Medical and sanitary report of the native army of Bengal for the year
Year: 1875
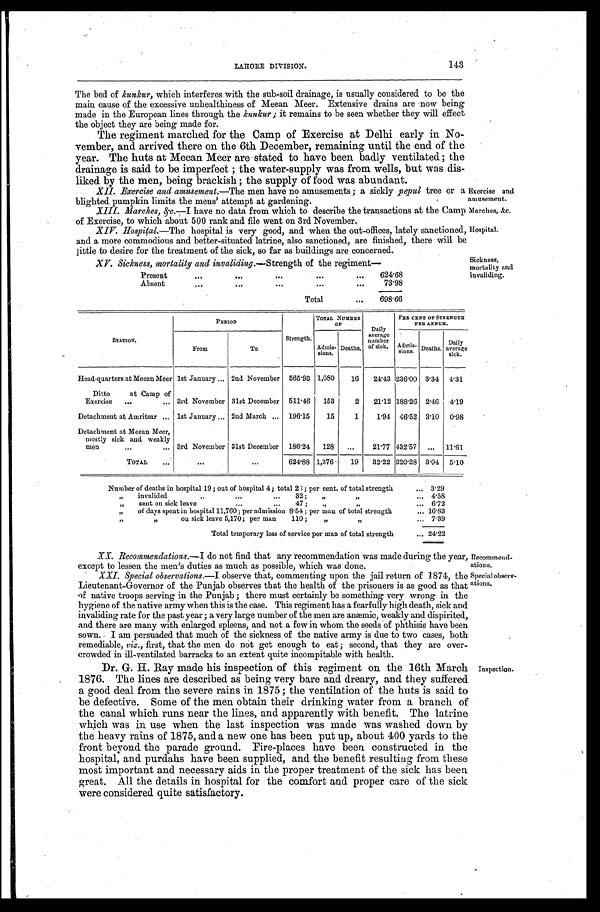
LAHORE DIVISION.
143
Marches, &c.
Hospital.
Recommend-
ations.
Special observ
-
ations.
The bed of kunkur, which interferes with the sub-soil drainage, is usually considered to be the
main cause of the excessive unhealthiness of Meean Meer. Extensive drains are now being
made in the European lines through the kunkur; it remains to be seen whether they will effect
t h e o b j e c t t h e y a r e b e i n g m a d e f o r .
The regiment marched for the Camp of Exercise at Delhi early in No
-
vember, and arrived there on the 6th December, remaining until the end of the
year. The huts at Meean Meer are stated to have been badly ventilated; the
drainage is said to be imperfect; the water-supply was from wells, but was dis
-
liked by the men, being brackish; the supply of food was abundant.
XII Exercise and amusement.— The men have no amusements; a sickly pepul tree or a
blighted pumpkin limits the mens' attempt at gardening.
Exercise and
amusement.
XIII. Marches, &c.—I have no data from which to describe the transactions at the Camp
of Exercise, to which about 500 rank and file went on 3rd November.
XIV. Hospital.—The hospital is very good, and when the out-offices, lately sanctioned,
and a more commodious and better-situated latrine, also sanctioned, are finished, there will be
little to desire for the treatment of the sick, so far as buildings are concerned.
Sickness,
mortality and
invaliding.
XV. Sickness, mortality and invaliding.— Strength of the regiment
Present . . .
624.68
Absent . . .
73.98
Total . . .
698.66
STATION.
PERIOD
Strength.
TOTAL NUMBER
O F
Daily
average
number
of sick.
PER CENT OF STRENGTH
PER ANNUM.
From
To
Admis-
sions.
Deaths,
A d m i s - s i o n .
Deaths.
Daily
average
sick.
Head-quarters at Meean Meer
1st January . . . 2nd November
565.93 1,080
16
24.43 236.00
3.34
4.31
Ditto at Camp of
Exercise . . .
3rd November 31st December
511.46
153
2
21.12 188.26
2.46
4.19
Detachment at Amritsar . . .
1st January . . . 2nd March . . .
196.15
15
1
1.94
46.52
3.10
0.98
Detachment at Meean Meer,
mostly sick and weakly
men . . .
3rd November 31st December
186.24
128
. . .
21.77 432.57
. . .
11.61
TOTAL . . .
. . .
. . .
624.88 1,376
19
32.22 220.28
3.04
5.10
Number of deaths in hospital 19; out of hospital 4; total 2 3; per cent. of total strength . . .
3.29
" invalided . . . 32
; " " . . .
4.58
" sent on sick leave. . .47;
" " . . .
6.72
" of days spent in hospital 11,760; per admission 8.54 ; per man of total strength . . .
16.83
" " on sick leave 5,170; per man 110; " " . . .
7.39
Total temporary loss of service per man of total strength . . . 24.22
XX. Recommendations.— I do not find that any recommendation was made during the year
except to lessen
the men's duties much as possible. which was done.
XXI. Special observations.—I observe that, commenting upon the jail return of 1874, the
Lieutenant-Governor of the Punjab observes that the health of the prisoners is as good as that
of native troops serving in the Punjab; there must certainly be something very wrong in the
hygiene of the native army when this is the case. This regiment has a fearfully high death, sick and
invaliding rate for the past year; a very large number of the men are anæmic, weakly and dispirited,
and there are many with enlarged spleens, and not a few in whom the seeds of phthisis have been
sown. I am persuaded that much of the sickness of the native army is due to two cases, both
remediable, viz., first, that the men do not get enough to eat; second, that they are over
-
crowded in ill-ventilated barracks to an extent quite incomnitable with health.
Dr. G. H. Ray made his inspection of this regiment on the 16th March
1876. The lines are described as being very bare and dreary, and they suffered
a good deal from the severe rains in 1875; the ventilation of the huts is said to
be defective. Some of the men obtain their drinking water from a branch of
the canal which runs near the lines, and apparently with benefit. The latrine
which was in use when the last inspection was made was washed down by
the heavy rains of 1875, and a new one has been put up, about 400 yards to the
front beyond the parade ground. Fire-places have been. constructed in the
hospital, and purdahs have been supplied, and the benefit resulting from these
most important and necessary aids in the proper treatment of the sick has been
great. All the details in hospital for the comfort and proper care of the sick
were considered quite satisfactory.
Inspection.